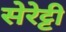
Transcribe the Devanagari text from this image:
सेरेट्टी